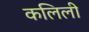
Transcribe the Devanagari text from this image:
कलिली